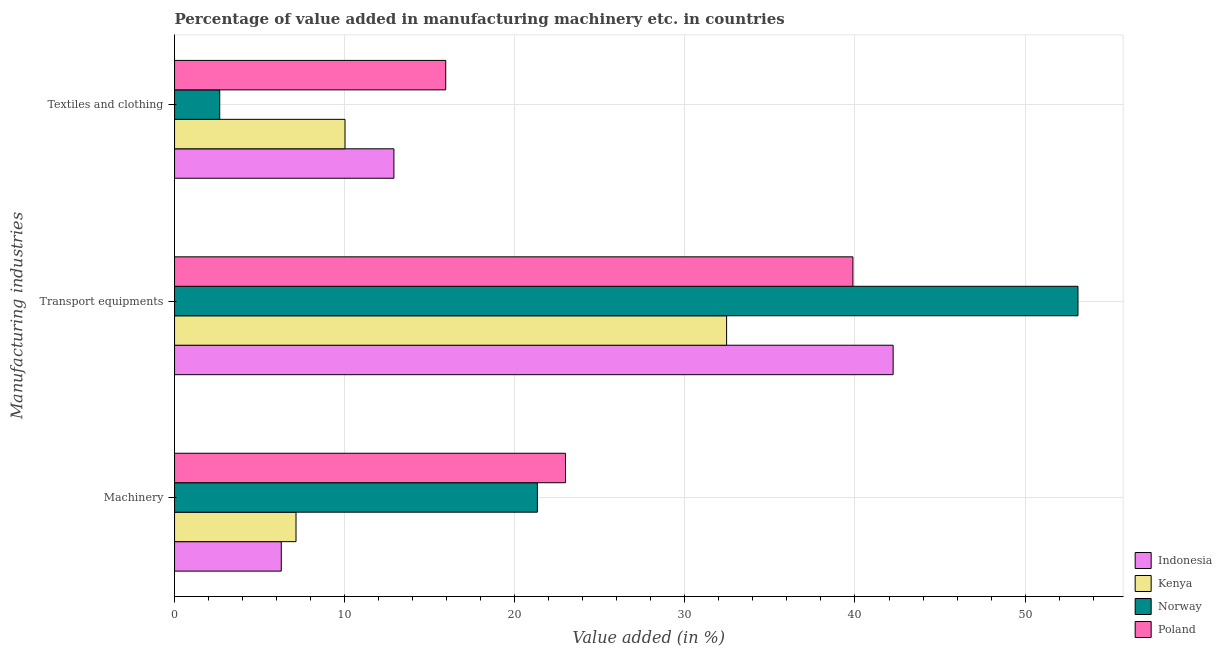
| Manufacturing industries | Indonesia | Kenya | Norway | Poland |
 | --- | --- | --- | --- | --- |
 | Machinery | 6.27 | 7.14 | 21.3 | 23 |
 | Transport equipments | 42.2 | 32.5 | 53.1 | 39.9 |
 | Textiles and clothing | 12.9 | 10 | 2.66 | 15.9 |